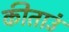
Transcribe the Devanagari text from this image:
कीताउं